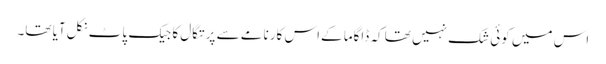
اس میں کوئی شک نہیں تھا کہ ڈاگاما کےاس کارنامے سے پرتگال کا جیک پاٹ نکل آیا تھا۔